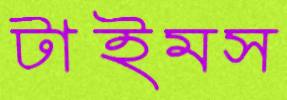
টাইমস